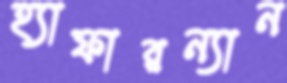
হ্যাফারন্যান